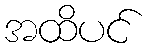
အထိပင်